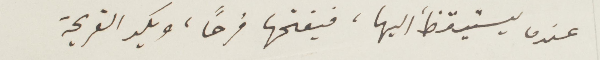
عندما يستيقظ اليها، فيفتحها فرحًا، ويكد القريحة،